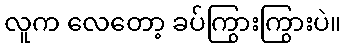
လူက လေတော့ ခပ်ကြွားကြွားပဲ။